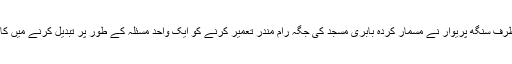
جبکہ دوسری طرف سنگھ پریوار نے مسمار کردہ بابری مسجد کی جگہ رام مندر تعمیر کرنے کو ایک واحد مسئلہ کے طور پر تبدیل کرنے میں کامیاب ہوئی ہے۔